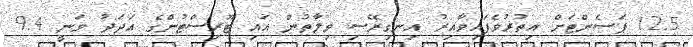
12.5 ޕަސެންޓަށް އިތުރުވެފައިވާއިރު އިނގިރޭސި ވިލާތުން އައި ޓޫރިސްޓުންގެ އަދަދު ވަނީ 9.4